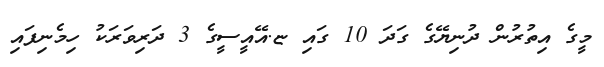
މީގެ އިތުރުން ދުނިޔޭގެ ގަދަ 10 ގައި ޏ.އޭއީސީގެ 3 ދަރިވަރަކު ހިމެނިފައި